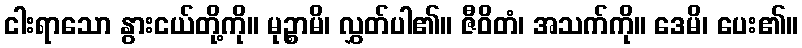
ငါးရာသော နွားငယ်တို့ကို။ မုဉ္စာမိ၊ လွှတ်ပါ၏။ ဇီဝိတံ၊ အသက်ကို။ ဒေမိ၊ ပေး၏။